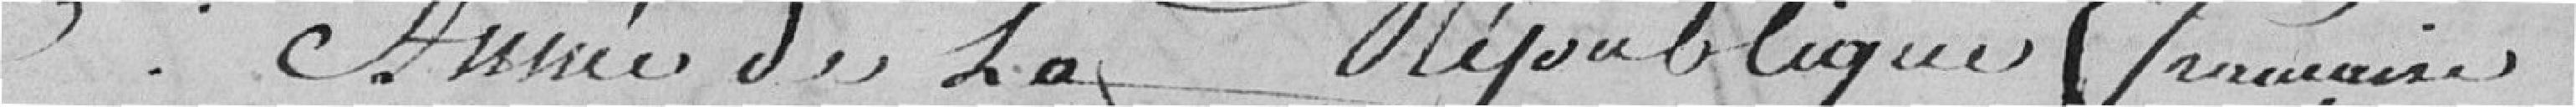
3eme année de la République Française